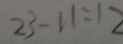
2 3 - 1 1 = 1 2